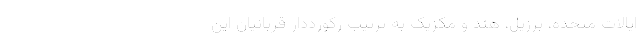
ایالات متحده، برزیل، هند و مکزیک به ترتیب رکورددارِ قربانیان این